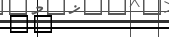
٢٤